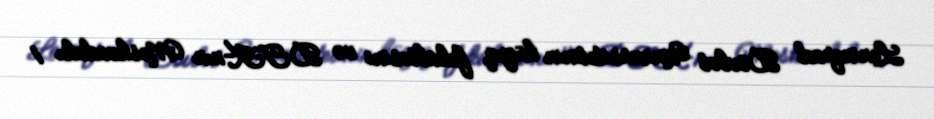
Leninqrad Dövlət Universitetinin hüquq fakültəsini və DTK-nın Moskvadakı 1